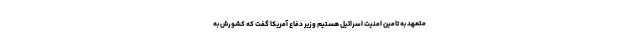
متعهد به تامین امنیت اسرائیل هستیم وزیر دفاع آمریکا گفت که کشورش به